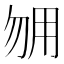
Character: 𰢰